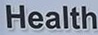
Health